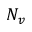
N _ { v }